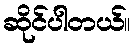
ဆိုင်ပါတယ်။